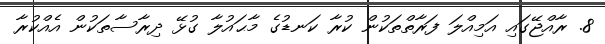
8. ރާއްޖޭގައި އަމިއްލަ ފަރާތްތަކުން ކުރާ ކަނޑުގެ މާޙައުލާ ގުޅޭ ދިރާސާތަކުން އެއްކުރާ